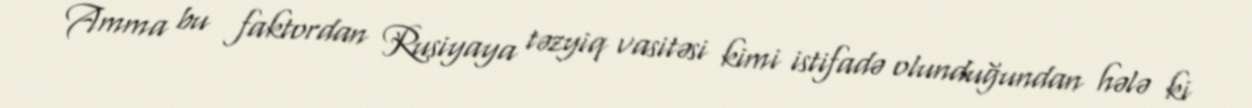
Amma bu faktordan Rusiyaya təzyiq vasitəsi kimi istifadə olunduğundan hələ ki